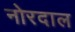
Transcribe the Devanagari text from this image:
नोरदाल